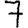
Digit: 7